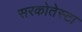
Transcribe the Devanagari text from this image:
सरकोतेस्टा